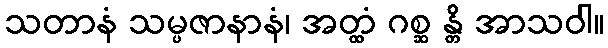
သတာနံ သမ္ပဇာနာနံ၊ အတ္ထံ ဂစ္ဆ န္တိ အာသဝါ။